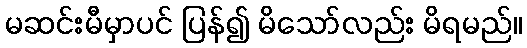
မဆင်းမီမှာပင် ပြန်၍ မိသော်လည်း မိရမည်။